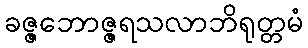
ခဇ္ဇဘောဇ္ဇရသလာဘိရုတ္တမံ